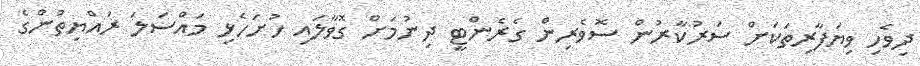
ދިވެހި ވިޔަފާރިތަކަށް ސަރުކާރުން ސޮވެރިން ގެރެންޓީ ދިނުމަށް ގޮވާލައި ހުށަހެޅި މައްސަލަ ރައްޔިތުންގެ